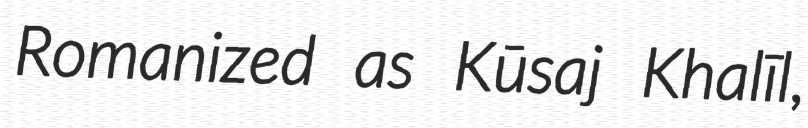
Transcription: Romanized as Kūsaj Khalīl,